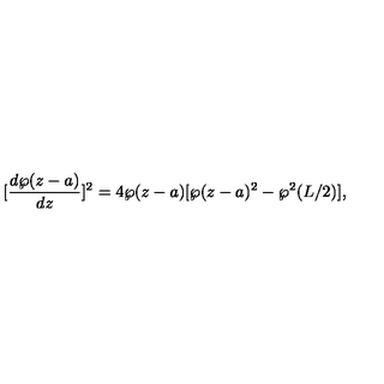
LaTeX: [ \frac { d \wp ( z - a ) } { d z } ] ^ { 2 } = 4 \wp ( z - a ) [ \wp ( z - a ) ^ { 2 } - \wp ^ { 2 } ( L / 2 ) ] ,